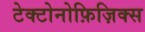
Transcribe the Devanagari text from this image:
टेक्टोनोफ़िज़िक्स